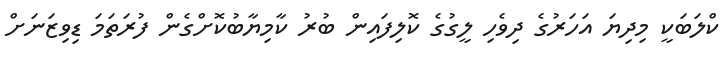
ކްލަބަކީ މިދިޔަ އަހަރުގެ ދިވެހި ލީގުގެ ކޮލިފައިން ބުރު ކާމިޔާބުކޮށްގެން ފުރަތަމަ ޑިވިޒަނަށް